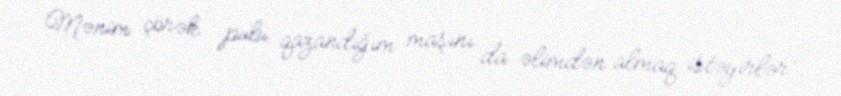
Mənim çörək pulu qazandığım maşını da əlimdən almaq istəyirlər”.